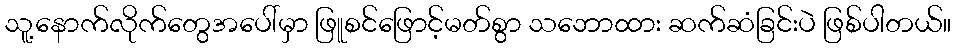
သူ့နောက်လိုက်တွေအပေါ်မှာ ဖြူစင်ဖြောင့်မတ်စွာ သဘောထား ဆက်ဆံခြင်းပဲ ဖြစ်ပါတယ်။